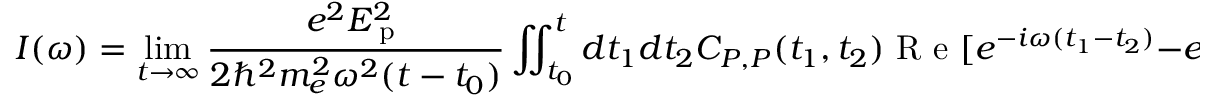
I ( \omega ) = \operatorname* { l i m } _ { t \rightarrow \infty } \frac { e ^ { 2 } E _ { \textrm { p } } ^ { 2 } } { 2 \hbar ^ { 2 } m _ { e } ^ { 2 } \omega ^ { 2 } ( t - t _ { 0 } ) } \iint _ { t _ { 0 } } ^ { t } d t _ { 1 } d t _ { 2 } C _ { P , P } ( t _ { 1 } , t _ { 2 } ) \textrm { R e } [ e ^ { - i \omega ( t _ { 1 } - t _ { 2 } ) } - e ^ { - i \omega ( t _ { 1 } + t _ { 2 } ) } ] .